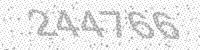
Solution: 244766